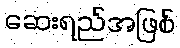
ဆေးရည်အဖြစ်